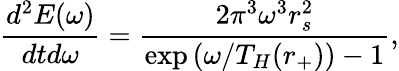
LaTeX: \frac{d^{2}E(\omega)}{dtd\omega}=\frac{2\pi^{3}\omega^{3}r_{s}^{2}}{\exp\left(\omega/T_{H}(r_{+})\right)-1},